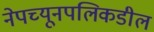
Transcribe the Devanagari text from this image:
नेपच्यूनपलिकडील